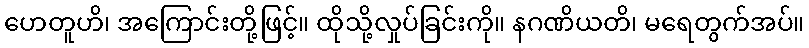
ဟေတူဟိ၊ အကြောင်းတို့ဖြင့်။ ထိုသို့လှုပ်ခြင်းကို။ နဂဏိယတိ၊ မရေတွက်အပ်။